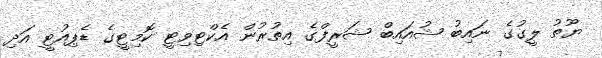
ޔޫތު ލީގުގެ ނައިބު ޝުއައިބް ޝަރީފްގެ އިތުރުން އެކްޓިވިޓީ ކޮމިޓީގެ ޑެޕިއުޓީ އަދި